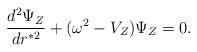
LaTeX: \begin{align*}{d^2 \Psi_Z \over d r^{*2} } + (\omega^2 - V_Z) \Psi_Z = 0.\end{align*}